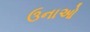
ઉનાઓ